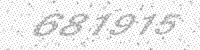
Solution: 681915